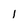
Character: l